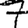
Digit: 7